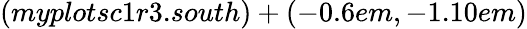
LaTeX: (myplotsc1r3.south)+(-0.6em,-1.10em)